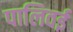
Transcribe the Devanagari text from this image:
पालिवई